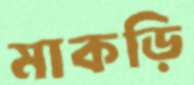
মাকড়ি